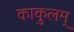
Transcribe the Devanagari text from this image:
काकुलम्